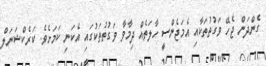
ގެންދަން ޖެހޭ ވަގުތުތަކާއި އެމަޖެންސީ ހާލަތެއް ދިމާވާ ވަގުތުތަކުގައި އެކަނި ކަމަށެވެ. ކަރެކްޝަނަލް